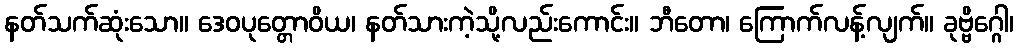
နတ်သက်ဆုံးသော။ ဒေဝပုတ္တောဝိယ၊ နတ်သားကဲ့သို့လည်းကောင်း။ ဘီတော၊ ကြောက်လန့်လျက်။ ခုဗ္ဗိဂ္ဂေါ၊